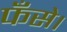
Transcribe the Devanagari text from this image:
फँसे।